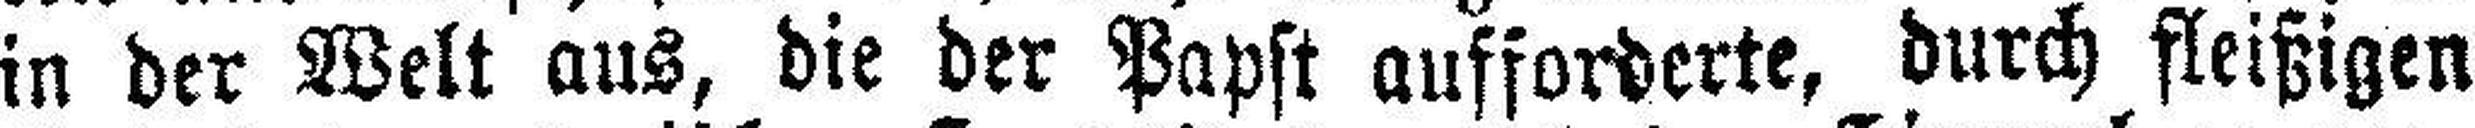
in der Welt aus, die der Papst aufforderte, durch fleißigen